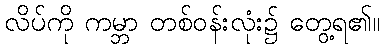
လိပ်ကို ကမ္ဘာ တစ်ဝန်းလုံး၌ တွေ့ရ၏။